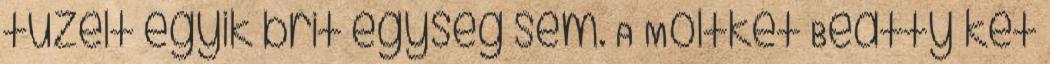
tüzelt egyik brit egység sem. A Moltkét Beatty két